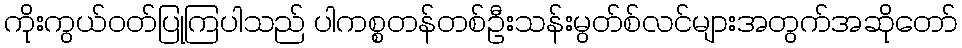
ကိုးကွယ်ဝတ်ပြုကြပါသည် ပါကစ္စတန်တစ်ဦးသန်းမွတ်စ်လင်များအတွက်အဆိုတော်